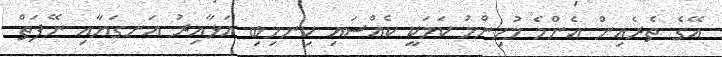
އޭގެ ތެރެއިން އެންމެ މުހިންމު ކަމަކީ ކެއްސައި ކިނހިބި އަޅާއިރު އަނގަޔާއި ނޭފަތް